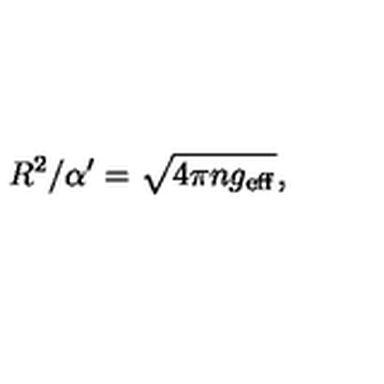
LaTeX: R ^ { 2 } / \alpha ^ { \prime } = \sqrt { 4 \pi n g _ { \mathrm { e f f } } } ,